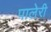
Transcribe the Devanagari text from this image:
पालेरी